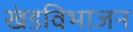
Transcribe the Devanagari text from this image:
खंडविभाजन